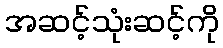
အဆင့်သုံးဆင့်ကို